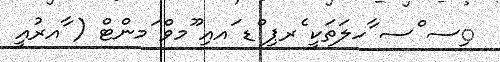
ިސ ްސ ާހލަތަކީ ެރޕި ްޑ ައއި ޫމވް ަމންޓް ( ާއރުއީ